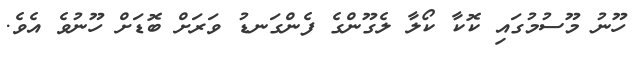
ހޫނު މޫސުމުގައި ކޮކާ ކޯލާ ލެގޫންގެ ފެންގަނޑު ވަރަށް ބޮޑަށް ހޫނުވެ އެވެ.